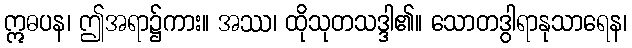
ဣဓပန၊ ဤအရာ၌ကား။ အဿ၊ ထိုသုတသဒ္ဒါ၏။ သောတဒွါရာနုသာရေန၊